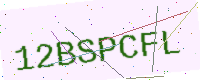
Text: 12BSPCFL